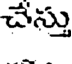
చేస్తు